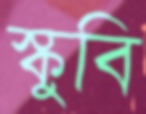
স্কুবি